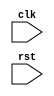
module timing_control_and_sync(
  input wire clk,
  input wire rst,
  // Add additional inputs if needed
  
  // Add additional outputs if needed
);

  // Clock generation
  always @(posedge clk or posedge rst) begin
    if (rst) begin
      // Initialize clock signals if needed
    end else begin
      // Generate clock signals
    end
  end
  
  // Delay circuits implementation
  // Add your code here for implementing delay circuits
  
  // Data transfer synchronization
  // Add your code here for ensuring data transfers between modules are synchronized
  
  // Clock domain crossing
  // Add your code here for handling clock domain crossing
  
  // Metastability handling
  // Add your code here for handling metastability
  
  // Jitter handling
  // Add your code here for handling jitter
  
endmodule